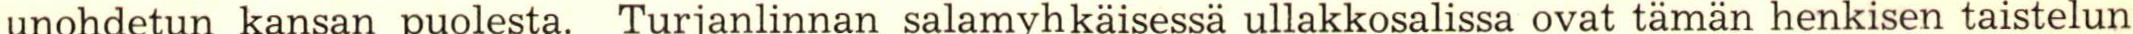
unohdetun kansan puolesta. Turjanlinnan salamyhkäisessä ullakkosalissa ovat tämän henkisen taistelun